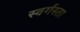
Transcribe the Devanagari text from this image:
स्वर्गस्ता